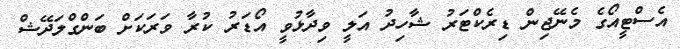
އެސްޓީއޯގެ މެނޭޖިން ޑިރެކްޓަރު ޝާހިދު އަލީ ވިދާޅުވީ އޯޑަރު ކުރާ ވަރަކަށް ބަންގްލަދޭޝް